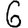
Digit: 6